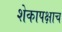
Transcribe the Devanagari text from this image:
शेकापक्षाच